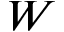
W